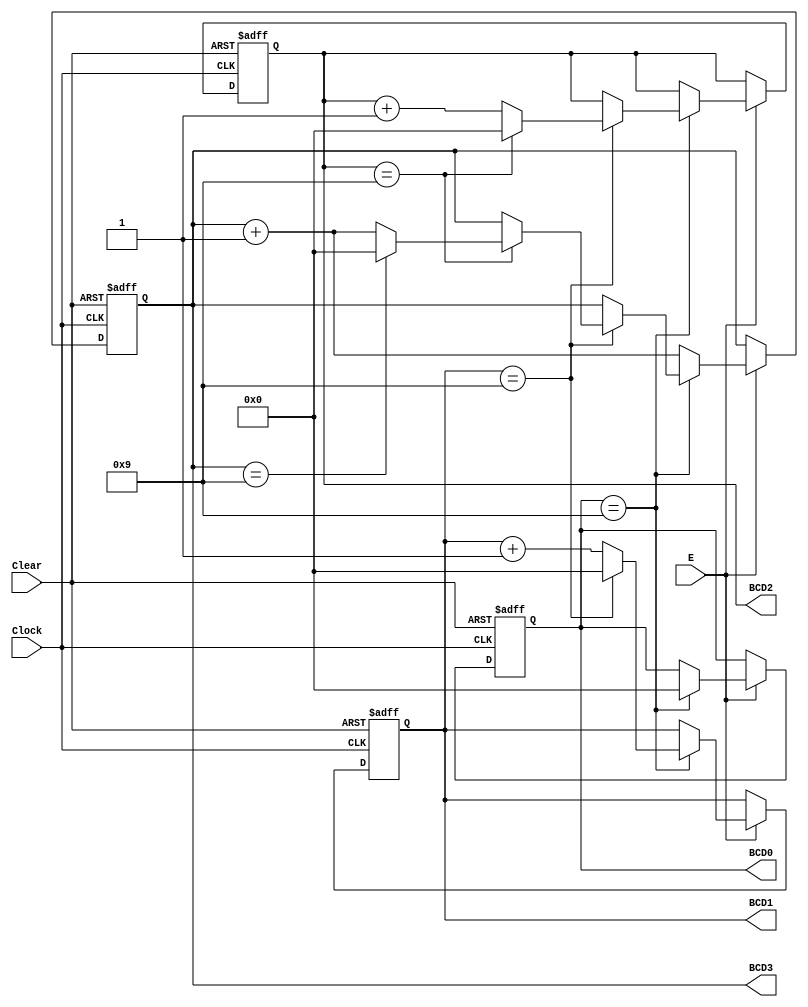
module BCD_counter (Clock, Clear, E, BCD3, BCD2, BCD1, BCD0);
input Clock, Clear, E;
output reg [3:0]BCD3, BCD2, BCD1, BCD0;

always @ ( posedge Clock or negedge Clear) begin
    if (~Clear) begin
      BCD3 <= 0;
      BCD2 <= 0;
      BCD1 <= 0;
      BCD0 <= 0;
    end
    else
	 begin
    if (E) begin
      if (BCD0 == 4'b1001) begin
        BCD0 <= 0;
        if(BCD1 == 4'b1001) begin
          BCD1 <= 0;
          if (BCD2 == 4'b1001) begin
            BCD2 <= 0;
            if (BCD3 == 4'b1001) begin
              BCD3 <= 0;
            end
            else
              BCD3 <= BCD3 + 1;
          end
          else
            BCD2 <= BCD2 + 1;
        end
        else
          BCD1 <= BCD1 + 1;
      end
      else
        BCD3 <= BCD3 + 1;
    end
end
end
endmodule //BCD_counter